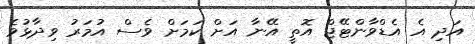
އަދި އެ އެޑްވާންޓޭޖް އޮތީ އޭނާ އަށް ކަމަށް ވެސް އުމަރު ވިދާޅުވެ